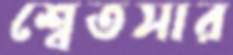
শ্বেতসার